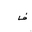
Letter: _fa